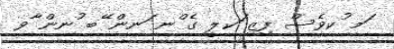
ަމ ުކވެސް ފިޒި ަކލީ ގެ ްނ ަނން ޭބ ުނން ާވ